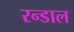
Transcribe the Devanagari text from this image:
रन्डाल